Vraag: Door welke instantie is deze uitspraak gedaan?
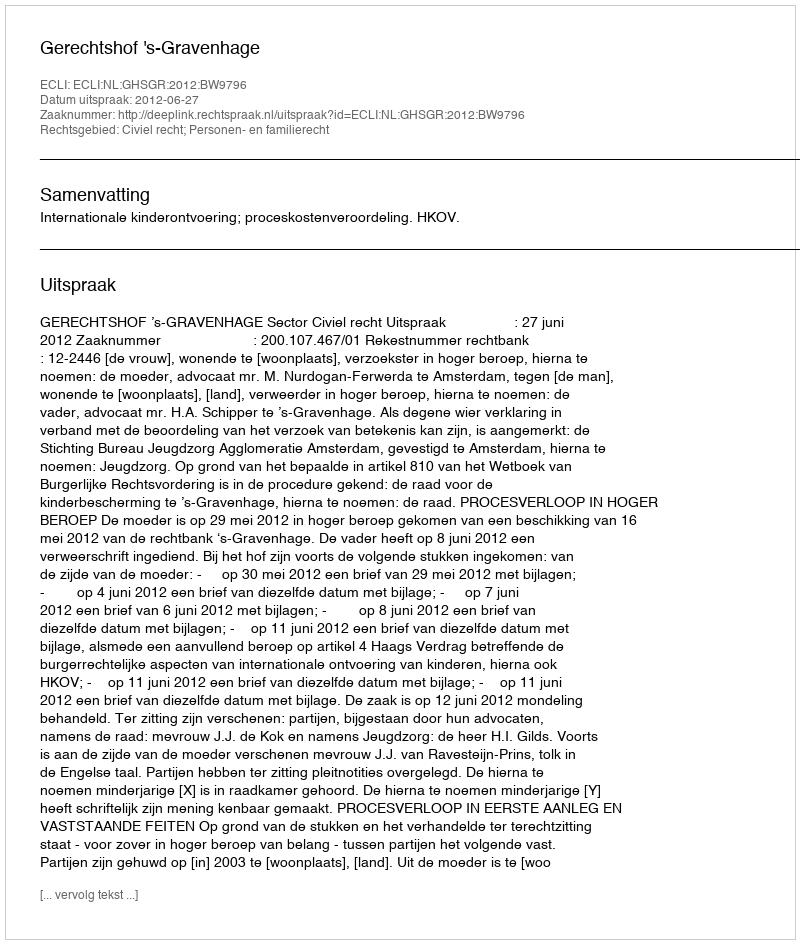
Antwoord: Gerechtshof 's-Gravenhage